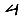
Digit: 4